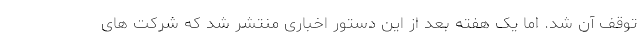
توقف آن شد. اما یک هفته بعد از این دستور اخباری منتشر شد که شرکت های